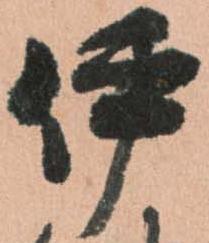
伊